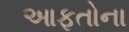
આફતોના